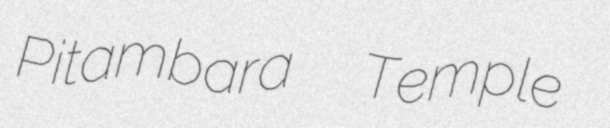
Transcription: Pitambara  Temple